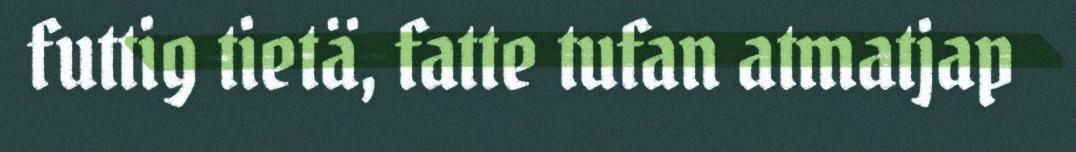
futtig tietä, fatte tufan atmatjap